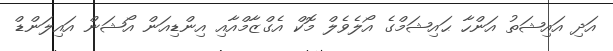
އަދި އައިޝަތު އަންހާ ޙައިޝަމްގެ އޯލެވެލް މޮކް އެގްޒާމްއާއި އިންޑިއަން އޯޝަން އައިލަންޑް